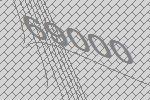
69000